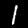
Label: 1